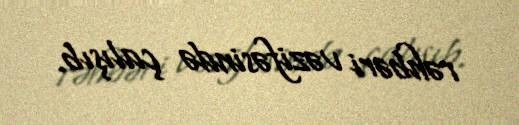
rəhbəri vəzifəsində çalışıb.